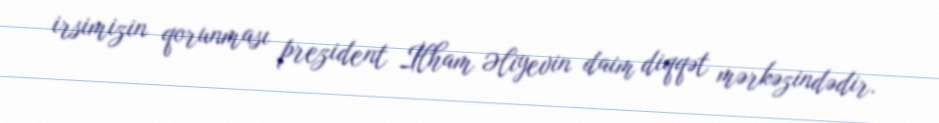
irsimizin qorunması prezident İlham Əliyevin daim diqqət mərkəzindədir.